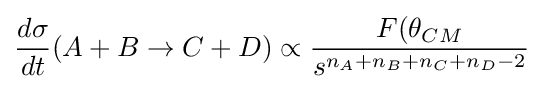
{\frac {d\sigma }{dt}}(A+B\to C+D)\propto {\frac {F(\theta _{CM}}{s^{n_{A}+n_{B}+n_{C}+n_{D}-2}}}